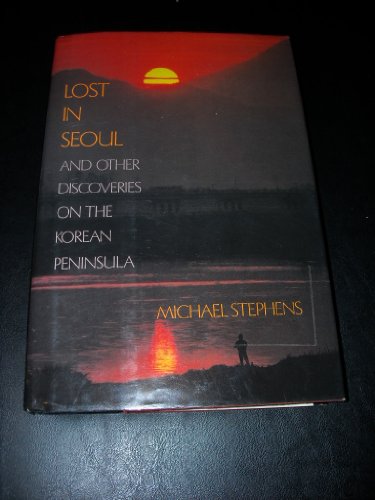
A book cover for Lost in Seoul and Other Discoveries on the Korean Peninsula; Michael Stephens; Travel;